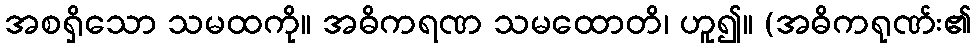
အစရှိသော သမထကို။ အဓိကရဏ သမထောတိ၊ ဟူ၍။ (အဓိကရုဏ်း၏